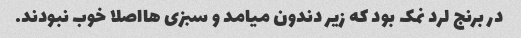
در برنج لرد نمک بود که زیر دندون میامد و سبزی هااصلا خوب نبودند.